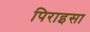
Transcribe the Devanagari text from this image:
पिराइसा